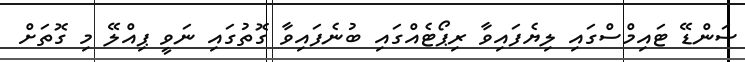
ސަންޑޭ ޓައިމްސްގައި ލިޔެފައިވާ ރިޕޯޓެއްގައި ބުނެފައިވާ ގޮތުގައި ނަވީ ޕިއްލޭ މި ގޮތަށް